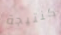
كنتيجة